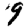
Digit: 9